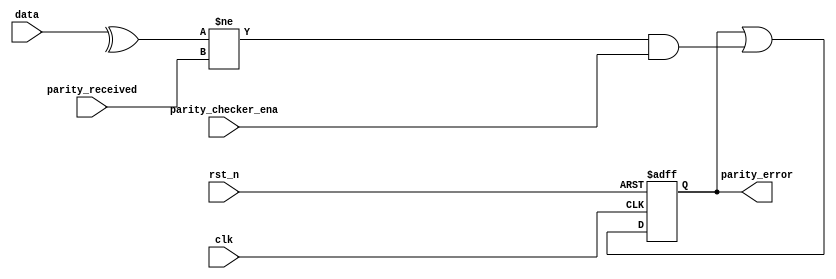
// This program was cloned from: https://github.com/chipsalliance/aib-phy-hardware
// License: Apache License 2.0

// SPDX-License-Identifier: Apache-2.0
// Copyright (C) 2019 Intel Corporation. 
module c3aibadapt_cmn_parity_checker
    #(
	parameter WIDTH = 'd0   
    )   
    (
        output  reg			parity_error,
	input	wire			clk,
	input	wire			rst_n,
        input   wire [WIDTH-1:0]    	data,
	input	wire			parity_checker_ena,
	input	wire			parity_received
    );

	wire	parity_calculated;

	assign parity_calculated = ^data[WIDTH-1:0];

        always @(negedge rst_n or posedge clk)
        begin
                if (~rst_n)
                begin
			parity_error <= 1'b0;
                end
                else
                begin
                	parity_error <= parity_error || ( (parity_calculated != parity_received) && parity_checker_ena) ;
                end
        end

endmodule // c3aibadapt_cmn_parity_checker